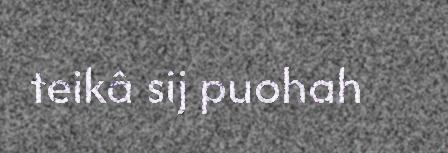
teikâ sij puohah